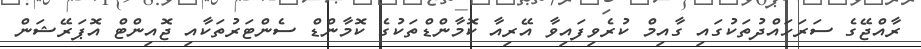
ރާއްޖޭގެ ސަރަހައްދުތަކުގައި ގާއިމް ކުރެވިފައިވާ އޭރިއާ ކޮމާންޑްތަކުގެ ކޮމާންޑް ސެންޓަރުތަކާއި ޖޮއިންޓް އޮޕަރޭޝަން